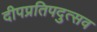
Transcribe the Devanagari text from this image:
दीपप्रतिपदुत्सव